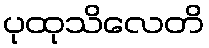
ပုထုသိလေတိ